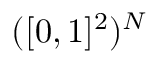
( [ 0 , 1 ] ^ { 2 } ) ^ { N }